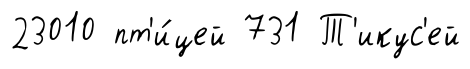
23010 пт'и́цей 731 Т'икус'ей